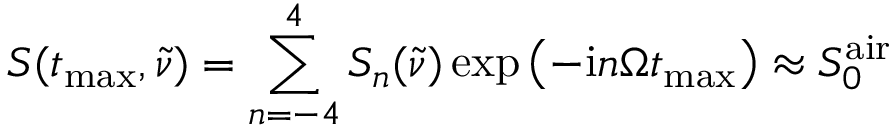
S ( t _ { \mathrm { m a x } } , \tilde { \nu } ) = \sum _ { n = - 4 } ^ { 4 } S _ { n } ( \tilde { \nu } ) \exp \left( { - \mathrm { i } n \Omega t _ { \mathrm { m a x } } } \right) \approx S _ { 0 } ^ { \mathrm { a i r } }